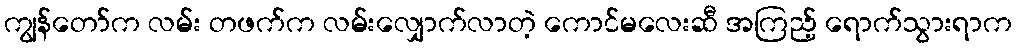
ကျွန်တော်က လမ်း တဖက်က လမ်းလျှောက်လာတဲ့ ကောင်မလေးဆီ အကြည့် ရောက်သွားရာက